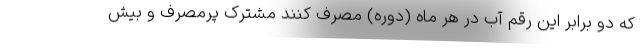
که دو برابر این رقم آب در هر ماه (دوره) مصرف کنند مشترک پرمصرف و بیش